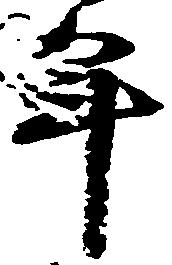
年